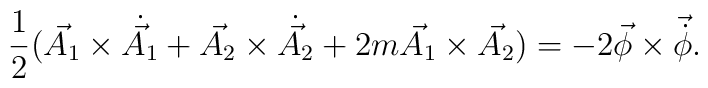
\frac{1}{2}(\vec{A_{1}}\times{\dot{\vec{A_{1}}}}+\vec{A_{2}}\times\dot{\vec{A_{2}}}+2m\vec{A_{1}}\times\vec{A_{2}})=-2\vec{\phi}\times{\vec{\dot{\phi}}}.